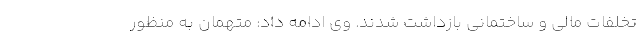
تخلفات مالی و ساختمانی بازداشت شدند. وی ادامه داد: متهمان به منظور